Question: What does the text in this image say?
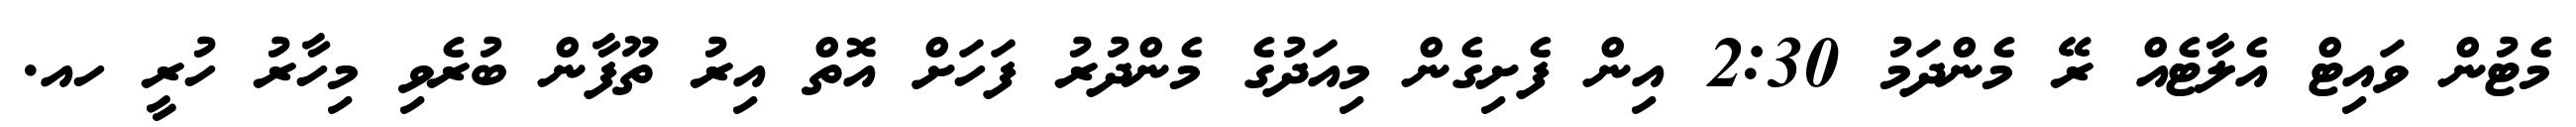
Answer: މެޓުން ވައިޓް އެލާޓެއް ރޭ މެންދަމު 2:30 އިން ފެށިގެން މިއަދުގެ މެންދުރު ފަހަށް އޮތް އިރު ތޫފާން ބުރެވި މިހާރު ހުރީ ހއ.